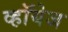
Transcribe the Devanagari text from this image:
व्हॉयेज